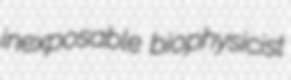
inexposable biophysicist